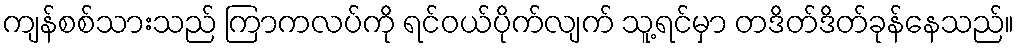
ကျန်စစ်သားသည် ကြာကလပ်ကို ရင်ဝယ်ပိုက်လျက် သူ့ရင်မှာ တဒိတ်ဒိတ်ခုန်နေသည်။